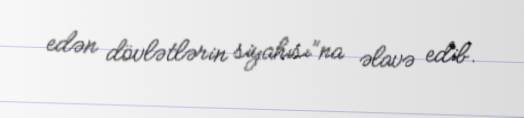
edən dövlətlərin siyahısı”na əlavə edib.